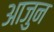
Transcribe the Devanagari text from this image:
आजुन